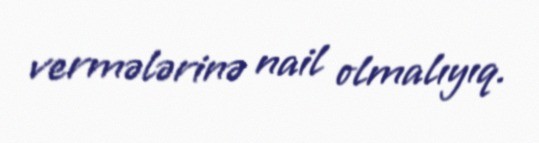
vermələrinə nail olmalıyıq.